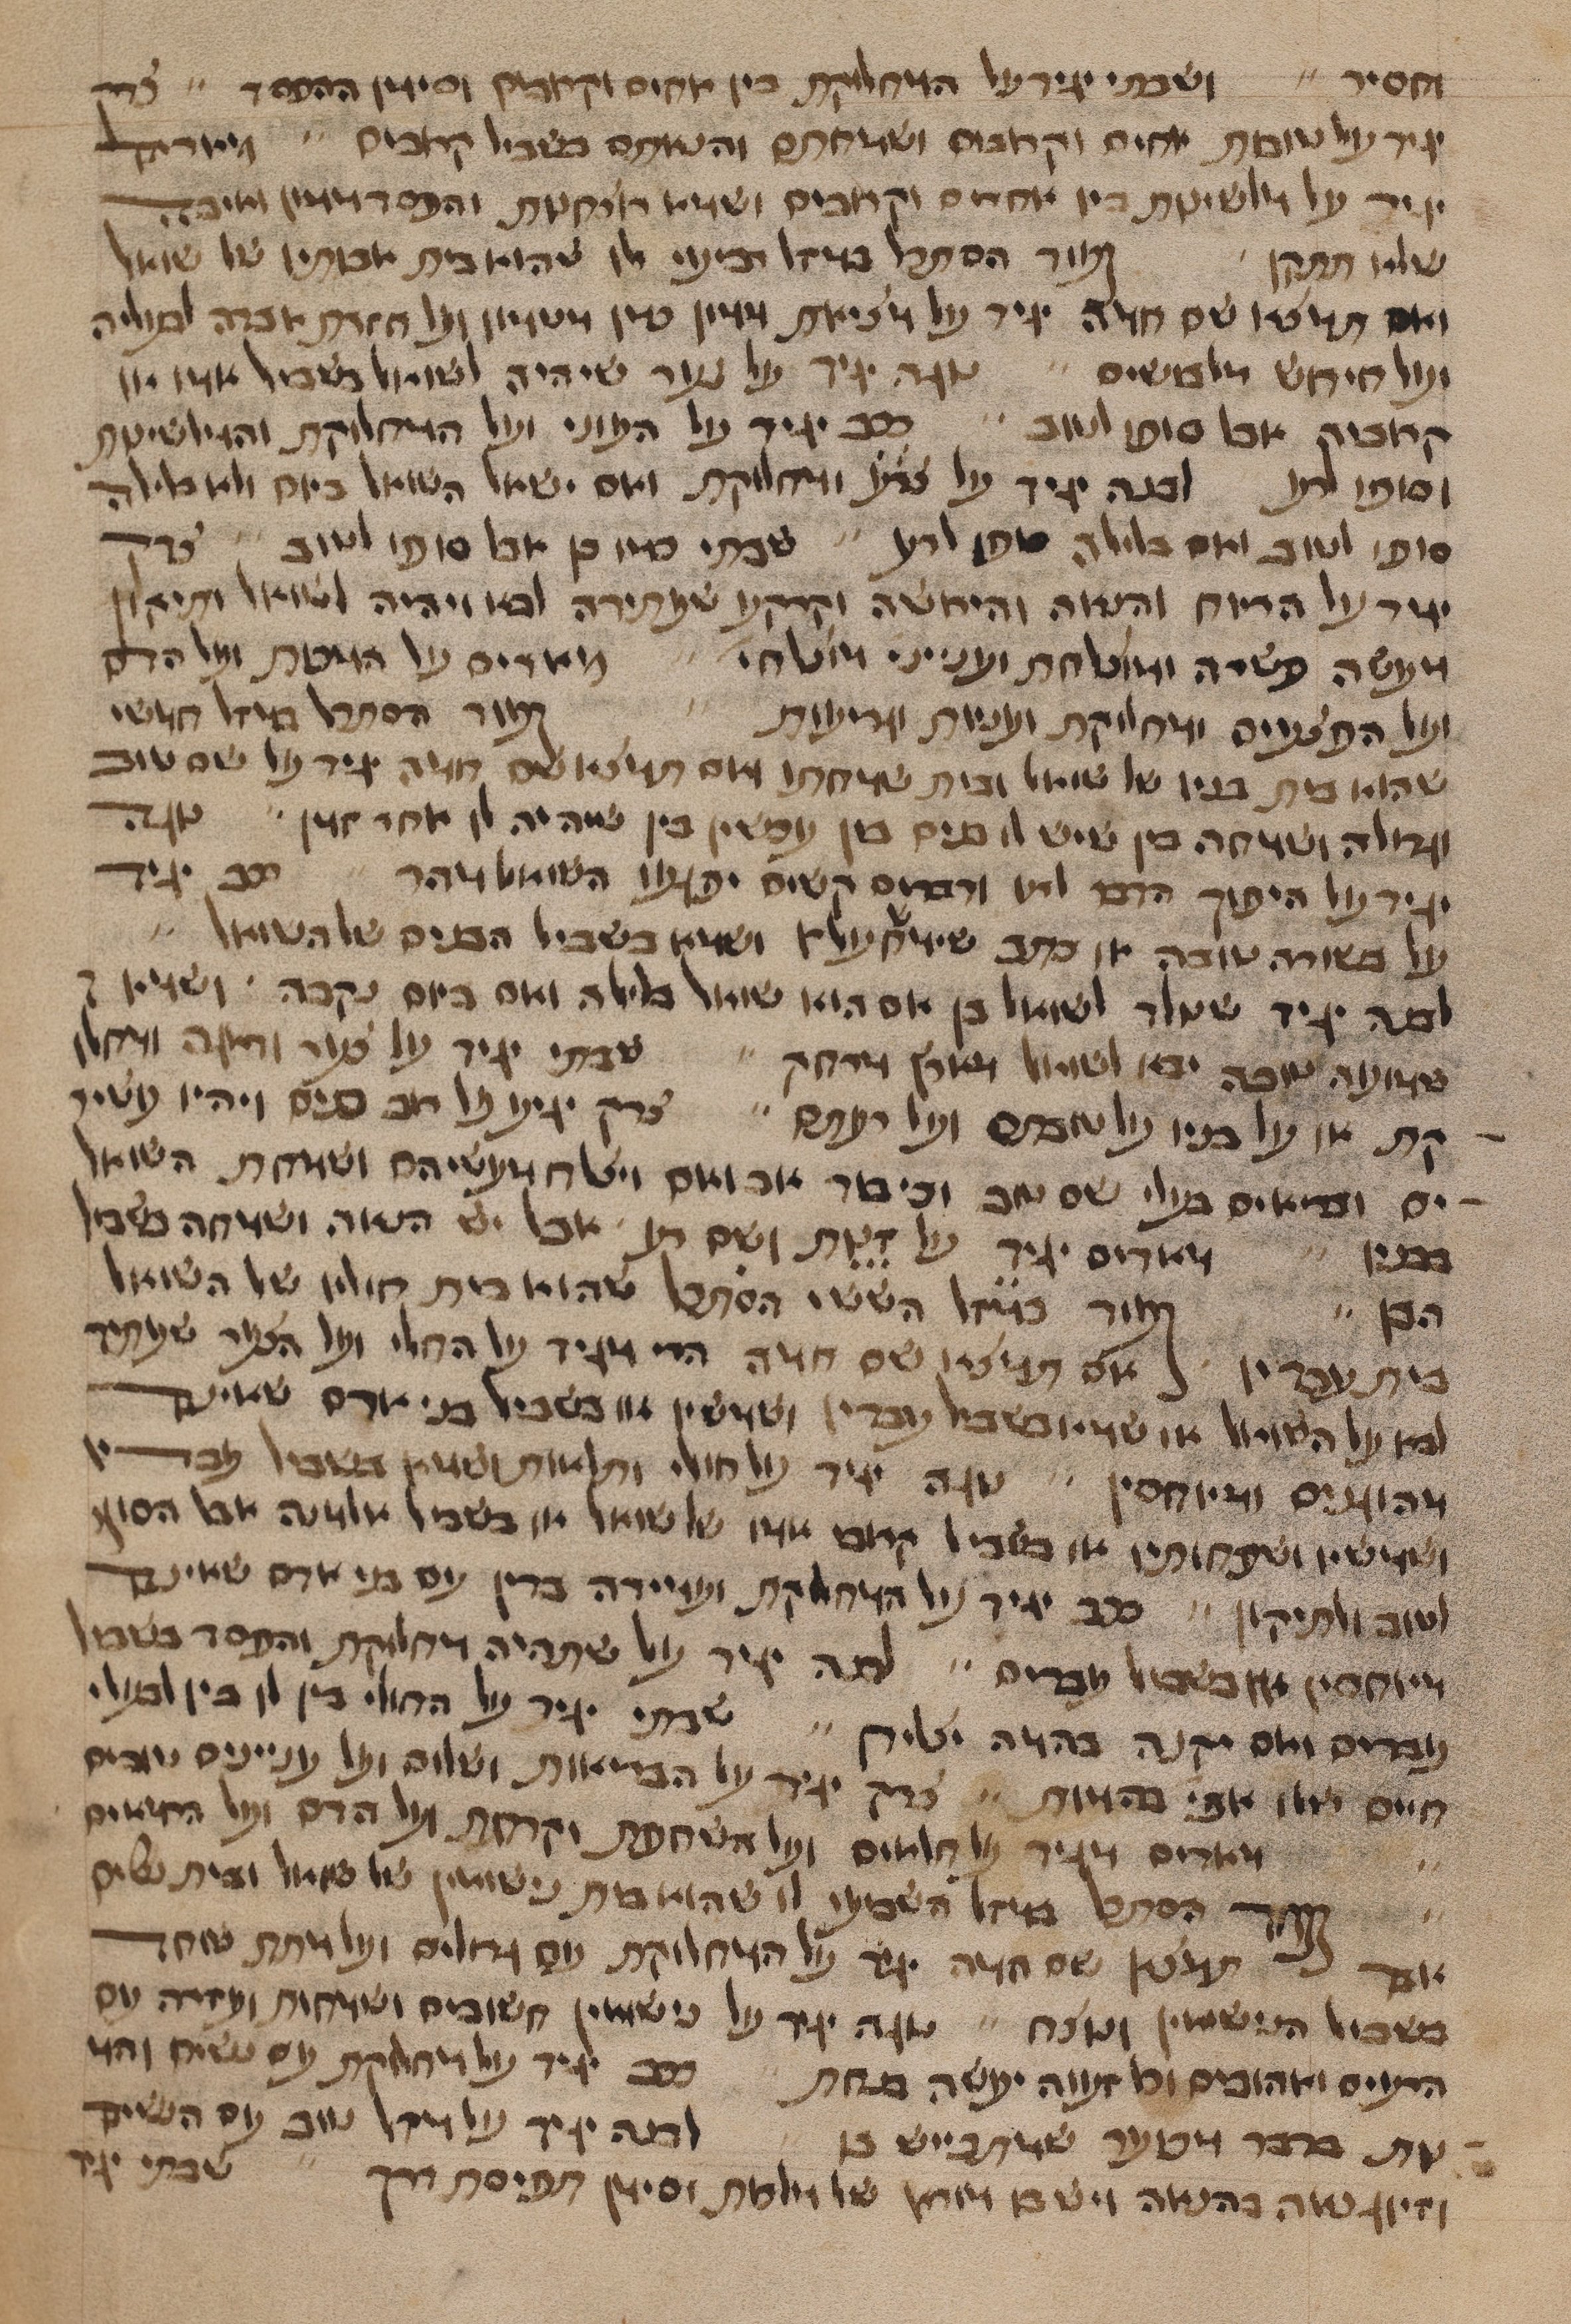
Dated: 1400–1499